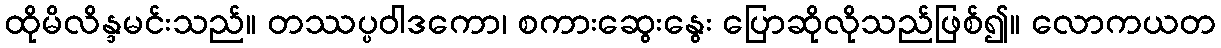
ထိုမိလိန္ဒမင်းသည်။ တဿပ္ပဝါဒကော၊ စကားဆွေးနွေး ပြောဆိုလိုသည်ဖြစ်၍။ လောကယတ